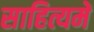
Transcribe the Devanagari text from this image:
साहित्यमें